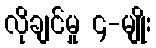
လိုချင်မှု ၄-မျိုး